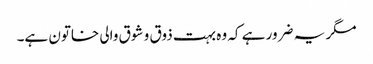
مگر یہ ضرور ہے کہ وہ بہت ذوق و شوق والی خاتون ہے۔